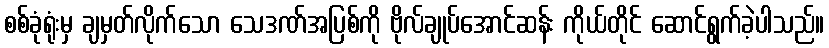
စစ်ခုံရုံးမှ ချမှတ်လိုက်သော သေဒဏ်အပြစ်ကို ဗိုလ်ချုပ်အောင်ဆန်း ကိုယ်တိုင် ဆောင်ရွက်ခဲ့ပါသည်။